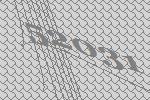
52031